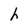
Character: h